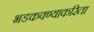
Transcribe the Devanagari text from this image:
भडकवण्याकरिता